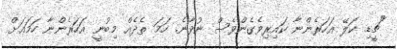
"ޗީޑި. ކަލޭ އަހަރެންނާ ކައިރިވެގެންވެސް ނުވާނެ. ހަމަ ތެދެއް މިބުނީ އަހަރެންނާ ހަމައަށް